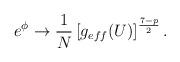
LaTeX: \begin{align*}e^\phi \rightarrow \frac{1}{N} \left[g_{eff} (U)\right]^{\frac{7-p}{2}}.\end{align*}